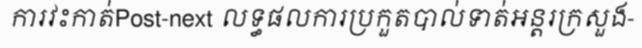
ការវះកាត់Post-next លទ្ធផលការប្រកួតបាល់ទាត់អន្តរក្រសួង-